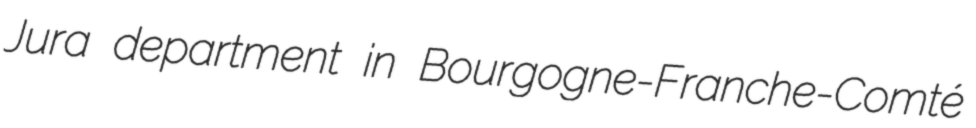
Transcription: Jura department in Bourgogne-Franche-Comté